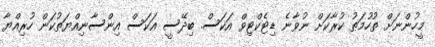
މީހުންނަށް ތުހުމަތު ކުރާކަށް ނުވާނެ ޑިޓެކްޓިވް އަކަސް. ބިދޭސީ އަކަސް އިންސާނިއްޔަތުކަން ހުރިއްޔާ